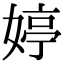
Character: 婷